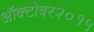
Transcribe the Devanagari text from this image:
ऑक्टोबर२०१५